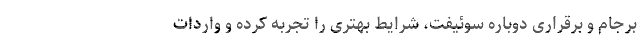
برجام و برقراری دوباره سوئیفت، شرایط بهتری را تجربه کرده و واردات